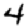
Digit: 4